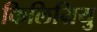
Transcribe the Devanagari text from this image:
किलिग्रियु